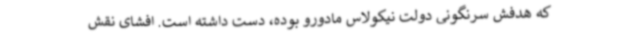
که هدفش سرنگونی دولت نیکولاس مادورو بوده، دست داشته است. افشای نقش